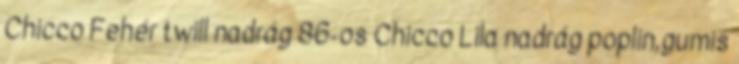
Chicco Fehér twill nadrág 86-os Chicco Lila nadrág poplin,gumis